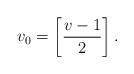
LaTeX: \begin{align*}v_0 = \left[ \frac{v-1}{2} \right]. \end{align*}